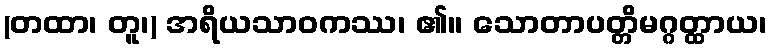
(တထာ၊ တူ၊) အရိယသာဝကဿ၊ ၏။ သောတာပတ္တိမဂ္ဂတ္ထာယ၊